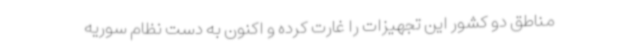
مناطق دو کشور این تجهیزات را غارت کرده و اکنون به دست نظام سوریه